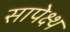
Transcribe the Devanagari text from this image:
सापेक्ष्थ